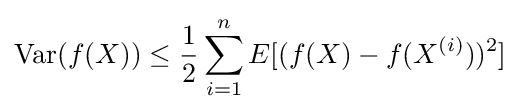
\mathrm {Var} (f(X))\leq {\frac {1}{2}}\sum _{i=1}^{n}E[(f(X)-f(X^{(i)}))^{2}]